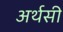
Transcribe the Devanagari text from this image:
अर्थसी